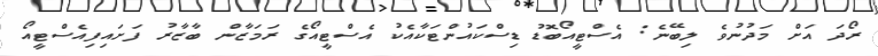
ރޯދަ އަށް މަދުނުވެ ލިބޭނެ: އެސްޓީއޯބޮޑު ޑިސްކައުންޓަކާއެކު އެސްޓީއޯގެ ރަމަޒާން ބާޒާރު ފަށައިފިއެސްޓީއޯ